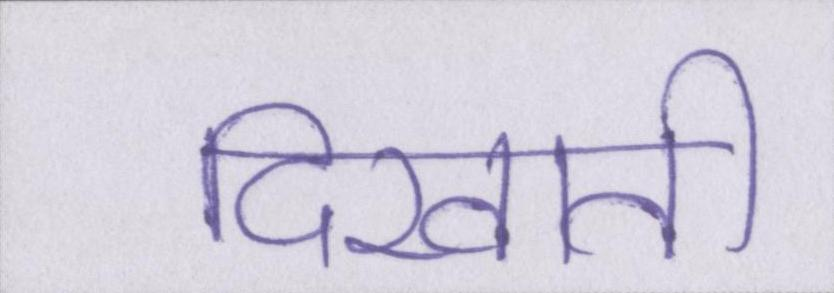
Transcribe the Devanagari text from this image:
दिखाती